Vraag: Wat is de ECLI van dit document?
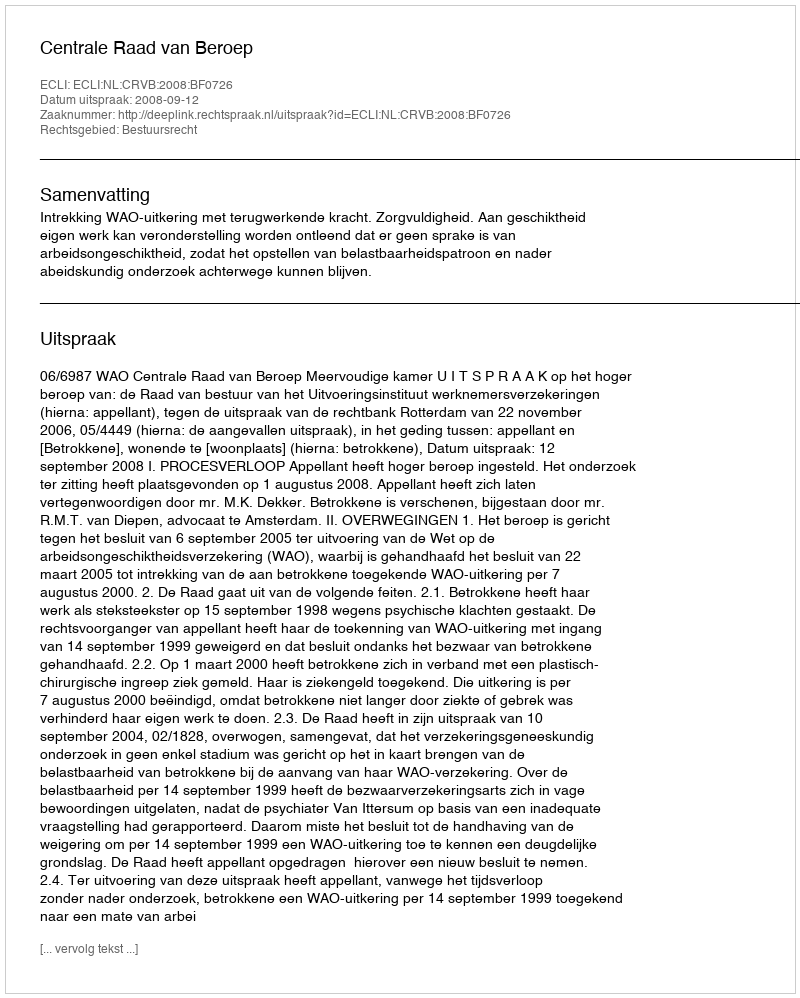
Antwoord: ECLI:NL:CRVB:2008:BF0726